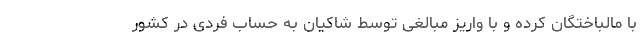
با مالباختگان کرده و با واریز مبالغی توسط شاکیان به حساب فردی در کشور